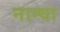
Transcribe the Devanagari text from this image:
नान्या